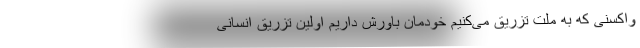
واکسنی که به ملت تزریق می‌کنیم خودمان باورش داریم اولین تزریق انسانی